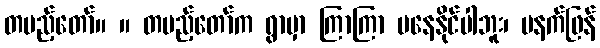
တပည့်တော်။ ။ တပည့်တော်က ရွာမှာ ကြာကြာ မနေနိုင်ပါဘူး၊ မနက်ဖြန်